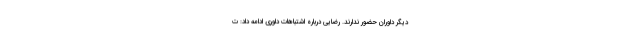
دیگر داوران حضور ندارند. رضایی درباره اشتباهات داوری ادامه داد: ت